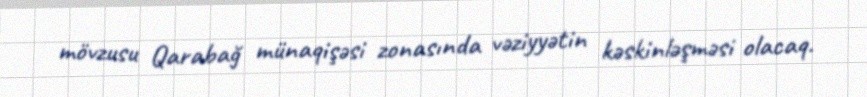
mövzusu Qarabağ münaqişəsi zonasında vəziyyətin kəskinləşməsi olacaq.